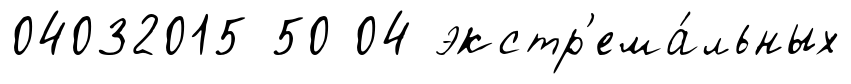
04032015 50 04 экстр'ема́льных